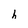
Character: h